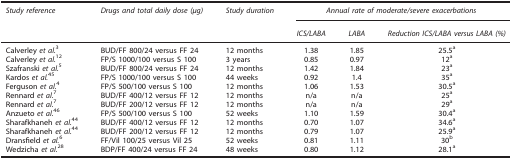
| Study reference | Drugs and total daily dose (μg) | Study duration | <COLSPAN=3> Annual rate of moderate/severe exacerbations |
 |  |  |  | ICS/LABA | LABA | Reduction ICS/LABA versus LABA (%) |
 | --- | --- | --- | --- | --- | --- |
 | Calverley et al.3 | BUD/FF 800/24 versus FF 24 | 12 months | 1.38 | 1.85 | 25.5a |
 | Calverley et al.12 | FP/S 1000/100 versus S 100 | 3 years | 0.85 | 0.97 | 12a |
 | Szafranski et al.5 | BUD/FF 800/24 versus FF 24 | 12 months | 1.42 | 1.84 | 23a |
 | Kardos et al.45 | FP/S 1000/100 versus S 100 | 44 weeks | 0.92 | 1.4 | 35a |
 | Ferguson et al.4 | FP/S 500/100 versus S 100 | 12 months | 1.06 | 1.53 | 30.5a |
 | Rennard et al.7 | BUD/FF 400/12 versus FF 12 | 12 months | n/a | n/a | 25a |
 | Rennard et al.7 | BUD/FF 200/12 versus FF 12 | 12 months | n/a | n/a | 29a |
 | Anzueto et al.46 | FP/S 500/100 versus S 100 | 52 weeks | 1.10 | 1.59 | 30.4a |
 | Sharafkhaneh et al.44 | BUD/FF 400/12 versus FF 12 | 12 months | 0.70 | 1.07 | 34.6a |
 | Sharafkhaneh et al.44 | BUD/FF 200/12 versus FF 12 | 12 months | 0.79 | 1.07 | 25.9a |
 | Dransfield et al.6 | FF/Vil 100/25 versus Vil 25 | 52 weeks | 0.81 | 1.11 | 30b |
 | Wedzicha et al.28 | BDP/FF 400/24 versus FF 24 | 48 weeks | 0.80 | 1.12 | 28.1a |